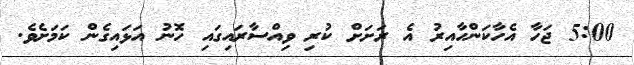
5:00 ޖަހާ އެހާކަންހާއިރު އެ ރަށަށް ކުރި ވިއްސާރައިގައި ހޮނު އަޅައިގެން ކަމަށެވެ.